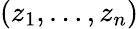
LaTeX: \left(z_{1},\ldots,z_{n}\right)